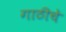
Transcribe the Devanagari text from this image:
गाठीचे